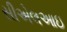
સીએલઆઇ